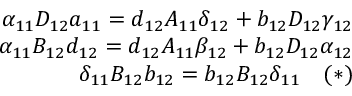
\begin{array} { r l r } & { } & { \alpha _ { 1 1 } D _ { 1 2 } a _ { 1 1 } = d _ { 1 2 } A _ { 1 1 } \delta _ { 1 2 } + b _ { 1 2 } D _ { 1 2 } \gamma _ { 1 2 } } \\ & { } & { \alpha _ { 1 1 } B _ { 1 2 } d _ { 1 2 } = d _ { 1 2 } A _ { 1 1 } \beta _ { 1 2 } + b _ { 1 2 } D _ { 1 2 } \alpha _ { 1 2 } } \\ & { } & { \delta _ { 1 1 } B _ { 1 2 } b _ { 1 2 } = b _ { 1 2 } B _ { 1 2 } \delta _ { 1 1 } \quad ( * ) } \end{array}